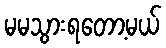
မမသွားရတော့မယ်